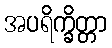
အပရိက္ခိတ္တာ